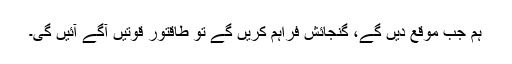
ہم جب موقع دیں گے، گنجائش فراہم کریں گے تو طاقتور قوتیں آگے آئیں گی۔